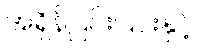
အရှိန်ပြင်းပြင်းနှင့်